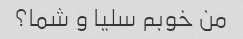
من خوبم سلیا و شما؟